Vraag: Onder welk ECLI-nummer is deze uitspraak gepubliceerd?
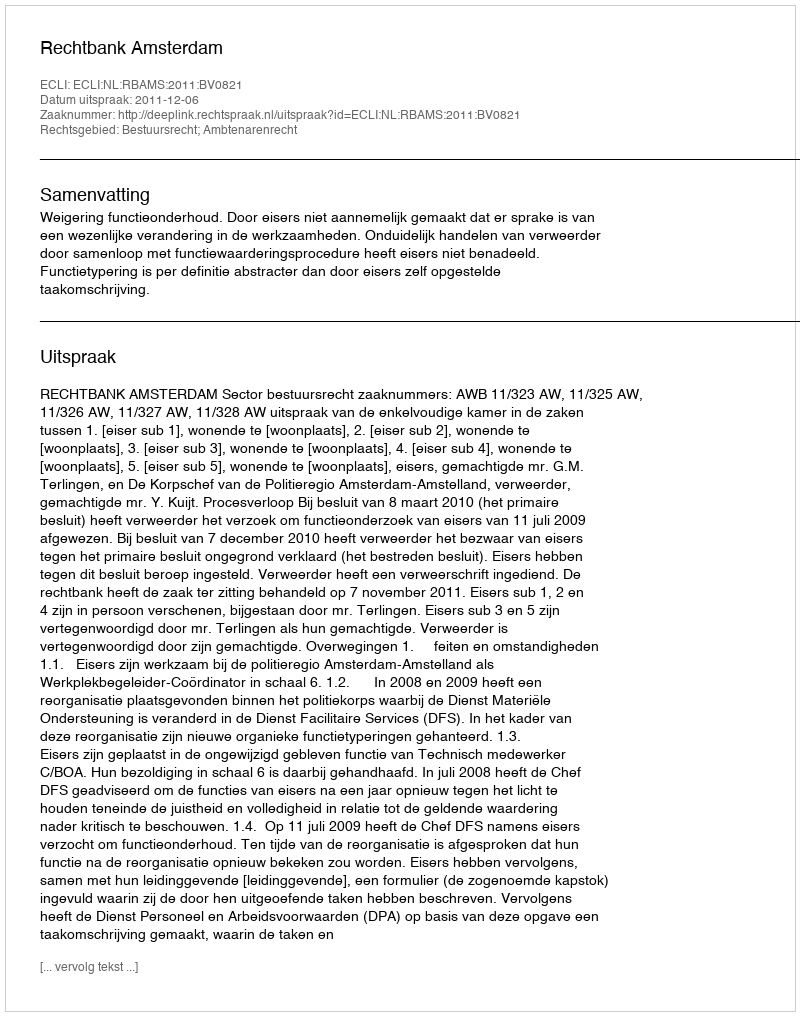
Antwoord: ECLI:NL:RBAMS:2011:BV0821